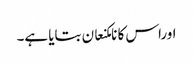
اوراس کا نامکنعان بتایا ہے۔